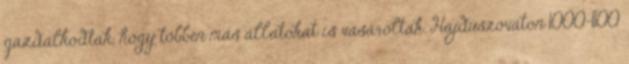
gazdálkodtak, hogy többen más állatokat is vásároltak. Hajdúszováton 1000-1100